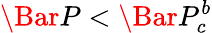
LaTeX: \Bar{P}<\Bar{P}_{c}^{b}